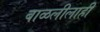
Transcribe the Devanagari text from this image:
बाळलीलाही